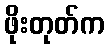
ဖိုးတုတ်က